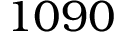
1 0 9 0